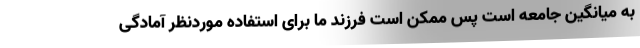
به میانگین جامعه است پس ممکن است فرزند ما برای استفاده موردنظر آمادگی